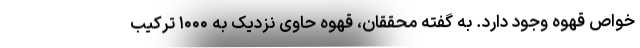
خواص قهوه وجود دارد. به گفته محققان، قهوه حاوی نزدیک به ۱۰۰۰ ترکیب